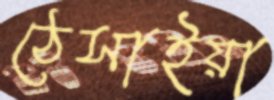
ঠেসাইয়া